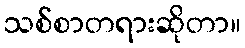
သစ်စာတရားဆိုတာ။